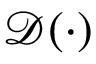
\mathcal { D } ( \cdot )